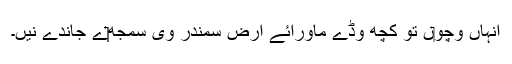
انہاں وچو‏ں تو کچھ وڈے ماورائے ارض سمندر وی سمجھ‏‏ے جاندے نيں۔